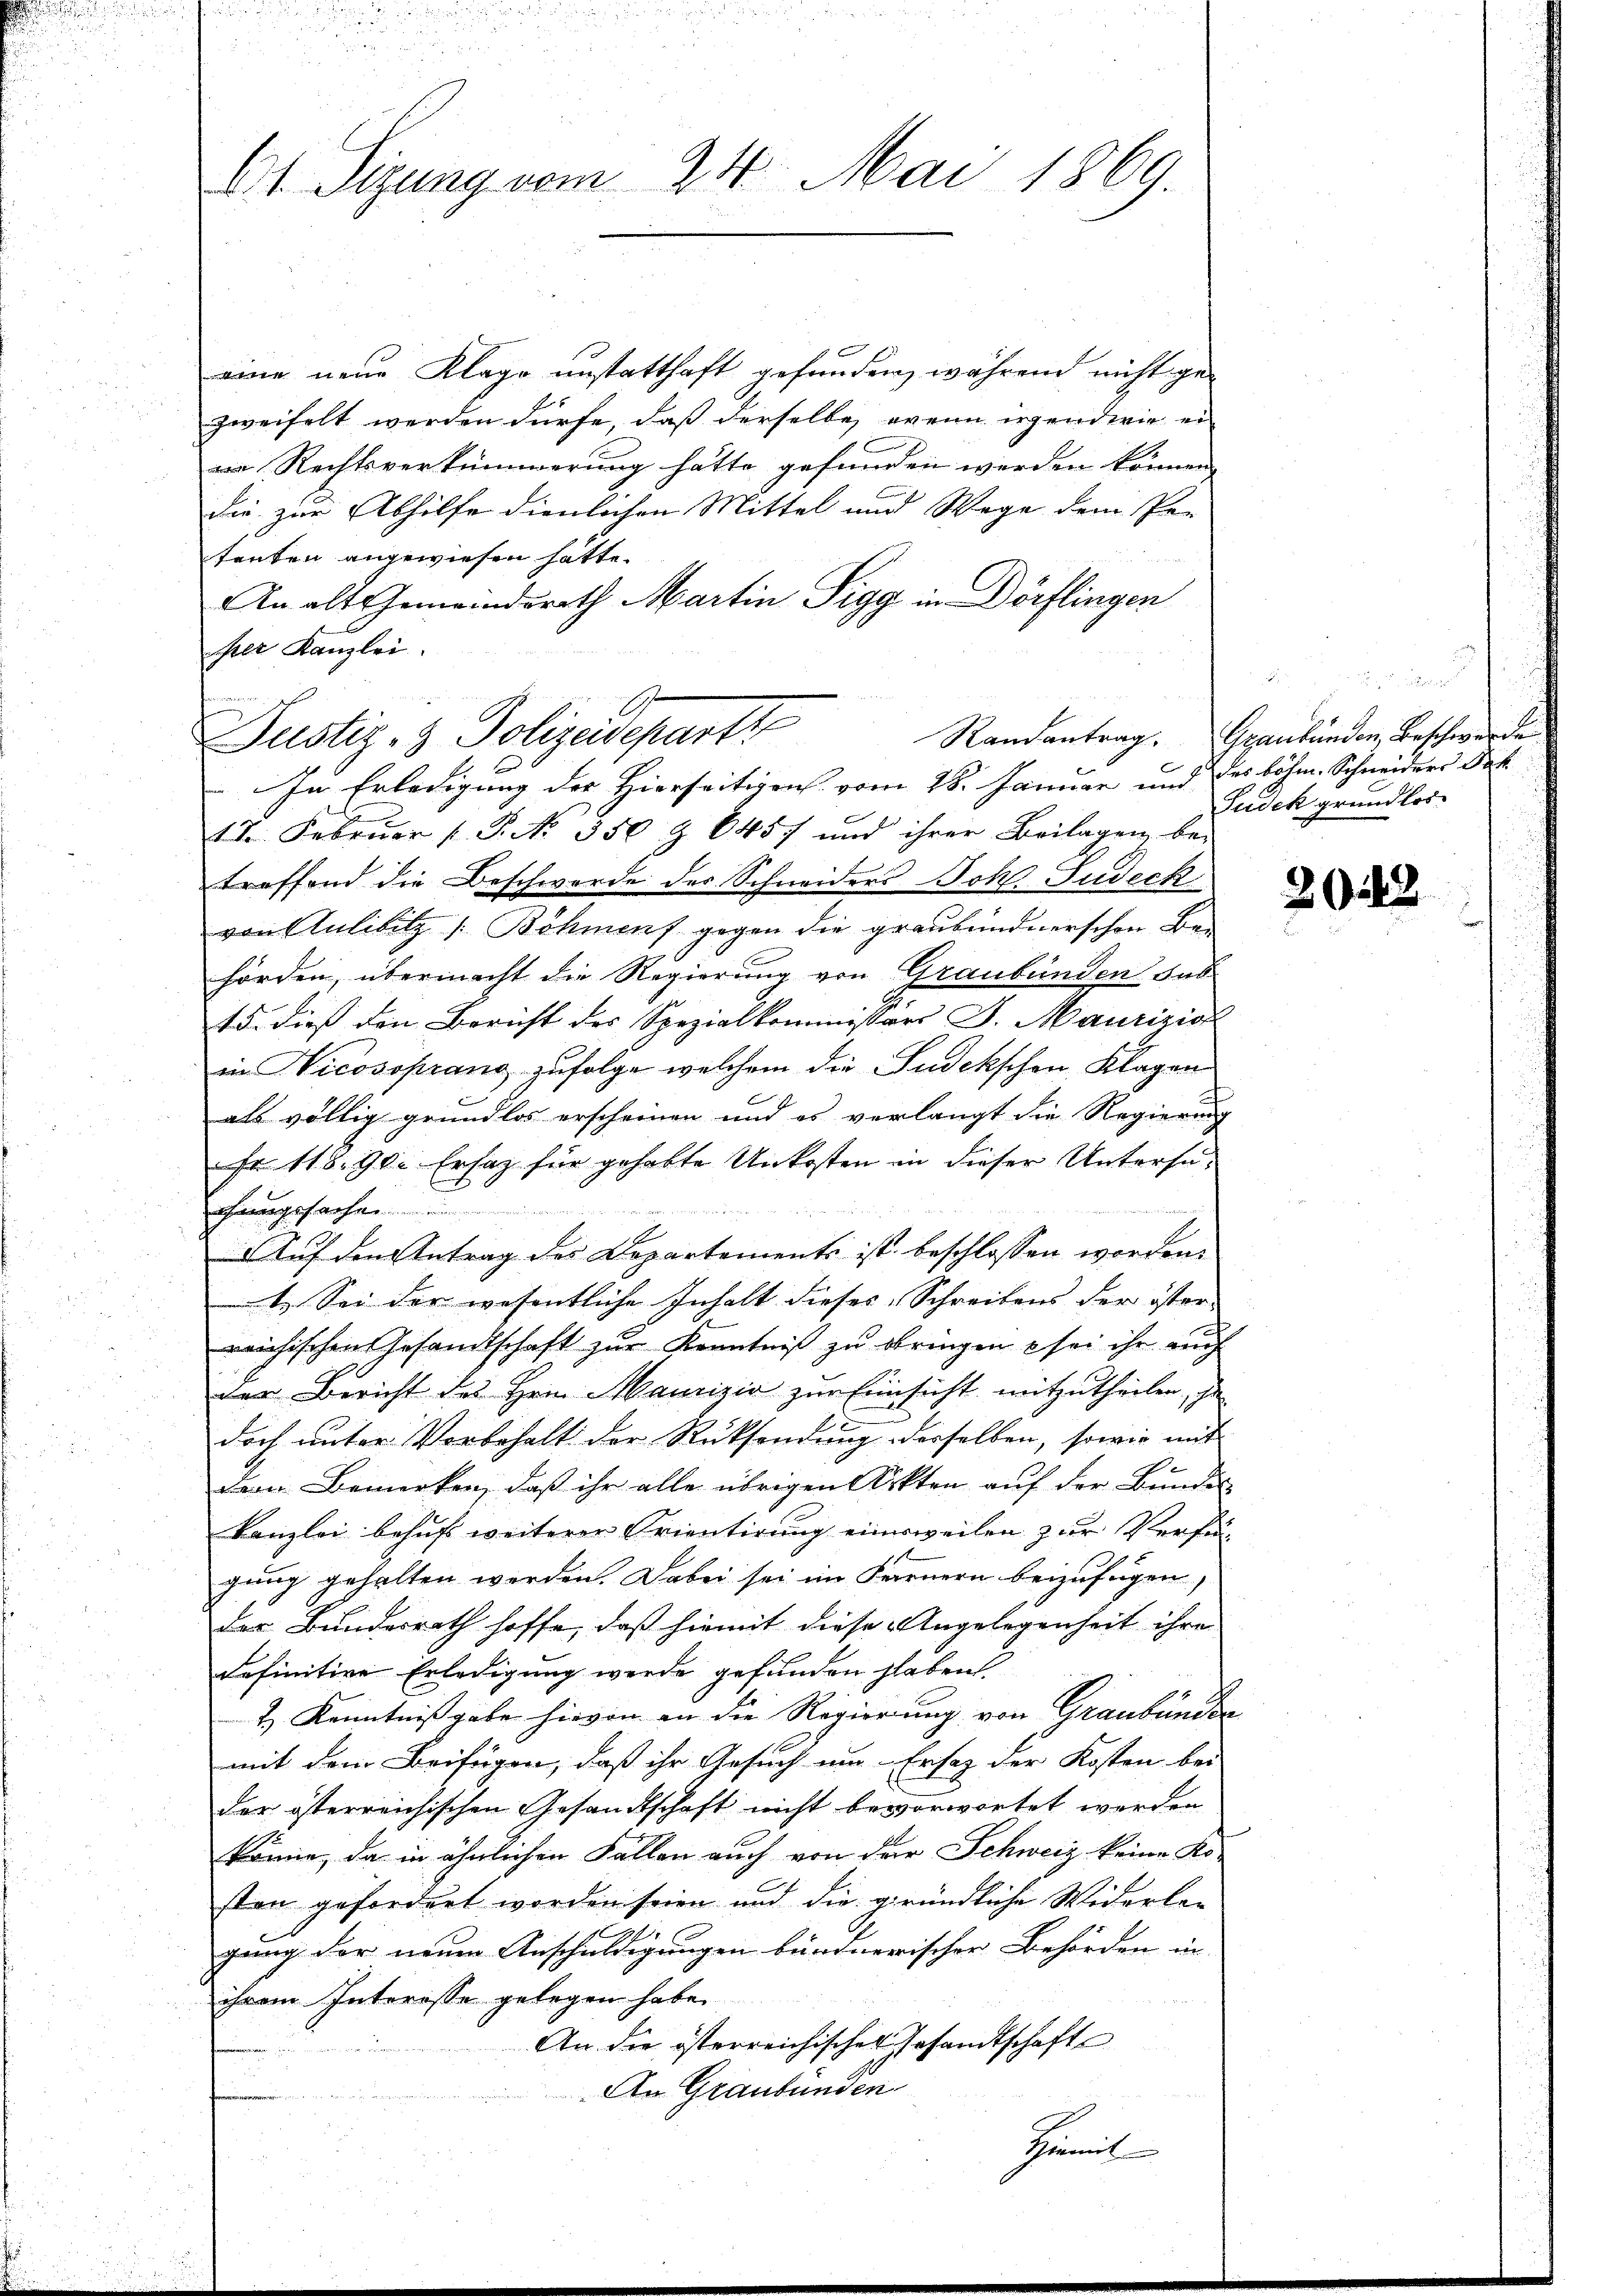
Ct. Sizung vom 24. Mai 1869.

eine neue Klage unstatthaft gefunden, während nicht gezweifelt werden dürfe, daß derselbe, wenn irgendwie ei
wo Rechtsverkümmerung hätte gefunden werden können, |
die zur Abhilfe dienlichen Mittel und Wege dem Pe-
tenten angewiesen hatte.
An alt Gemeindsrath Martin Sigg in Dörflingen
sher Kanzlei.

Justiz- & Polizeidepart Randantrag. Gegenländen Beschwerde

In Erledigung der Hierseitigen vom 28. Januar und des böhm. Schneiders das
17. Februar P. P. No. 350 § 8457 und ihrer Beilagen be-
treffend die Beschwerde des Schneiders Joh. Fudeck
von Kulibitz (Böhmens gegen die graubündnerschen Behörden, übermacht die Regierung von Graubünden das
15. dieß den Bericht des Spezialkommissors S. Maurizicz
in Nicossprang zufolge welchem die Judekschen Klagen
als völlig grundlos erscheinen und es verlangt die Regierung
Fr. 118. 90. Ersatz für gehabte Unkosten in dieser Untersachrungssachen u
Auf den Antrag des Departements ist beschlossen worden.
1. Sei der wesentliche Inhalt dieses Schreibens der öster-
reichischen Gesandtschaft zŭr Kenntniß zu bringen sei ihr auch
der Bericht des Hrn. Maurizić zur Einsicht mitzutheilen, da
doch unter Vorbehalt der Rücksendung derselben, sowie mit
Dem Bemerken, daß ihr alle übrigen Akten auf der Bundes
kanzlei behuf weiterer Orientirung einesweilen zur Verfüg
gung gehalten werden. Dabei sei im Fernern beizufügen,
der Bundesrath hoffe, daß hiemit diese Angelegenheit ihre
definitive Erledigung werde gefunden haben
2) Kenntnißgabe hievon an die Regierung von Graubündte
mit dem Beifügen, daß ihr Gesuch um Ersatz der Kosten bei
der österreichischen Gesandtschaft nicht bevorwortet werden
könne, da in ähnlichen Fallen auch von der Schweiz keine Ko-
sten gefordert worden seien und die gründliche Widerlagung der neuen Anschuldigungen bündnerischer Behörden in
ihrem Interesse gelegen habe.
An die österreichischen Gesandtschaft
An Graubünden
Grit

Judek grundlos

2043